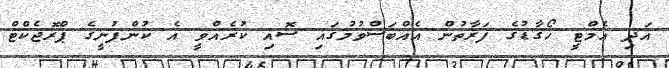
އަދި އެމްޓީ ހޯގާޑުގެ ފަރާތުން އެއްބަސްވުމުގައި ސޮއި ކުރެއްވީ އެ ކުންފުނީގެ ޕްރޮޖެކްޓް